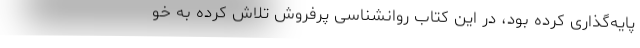
پایه‌گذاری کرده بود، در این کتاب روانشناسی پرفروش تلاش کرده به خو